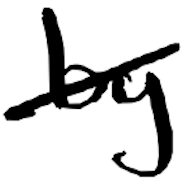
Text: by
Cross-out: mix
Writing tool: digital_black